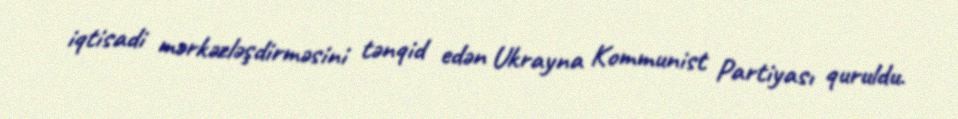
iqtisadi mərkəzləşdirməsini tənqid edən Ukrayna Kommunist Partiyası quruldu.